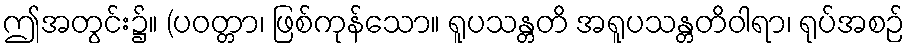
ဤအတွင်း၌။ (ပဝတ္တာ၊ ဖြစ်ကုန်သော။ ရူပသန္တတိ အရူပသန္တတိဝါရာ၊ ရုပ်အစဉ်